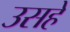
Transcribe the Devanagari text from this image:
उसहे